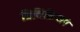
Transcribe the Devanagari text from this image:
प्रितिक्रियाएं